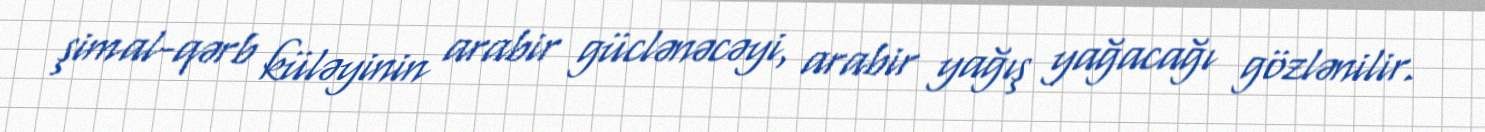
şimal-qərb küləyinin arabir güclənəcəyi, arabir yağış yağacağı gözlənilir.